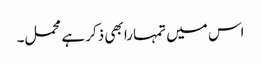
اس میں تمہارا بھی ذکر ہے محمل۔